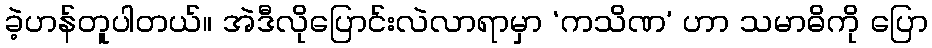
ခဲ့ဟန်တူပါတယ်။ အဲဒီလိုပြောင်းလဲလာရာမှာ ‘ကသိဏ’ ဟာ သမာဓိကို ပြော